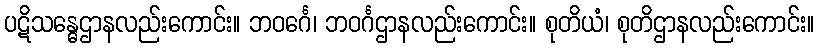
ပဋိသန္ဓေဌာနလည်းကောင်း။ ဘဝင်္ဂေ၊ ဘဝင်္ဂဌာနလည်းကောင်း။ စုတိယံ၊ စုတိဌာနလည်းကောင်း။